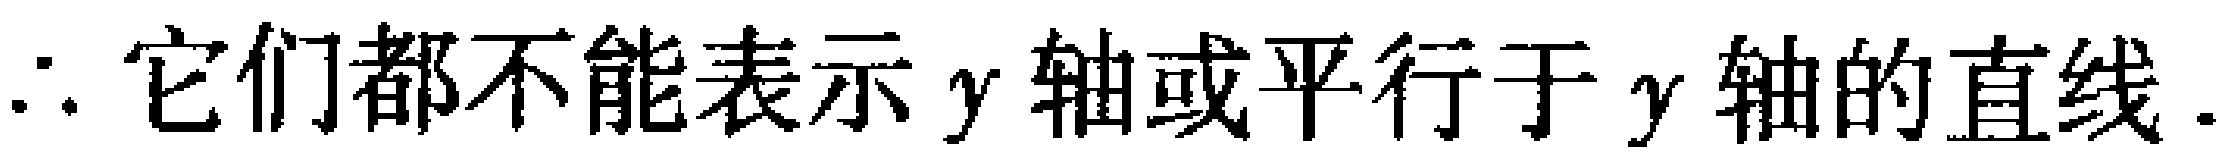
\(\therefore 它们都不能表示y轴或平行于y轴的直线.\)